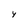
Character: y